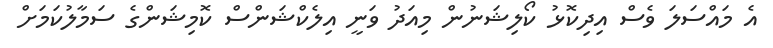
އެ މައްސަލަ ވެސް އިދިކޮޅު ކޯލިޝަނުން މިއަދު ވަނީ އިލެކްޝަންސް ކޮމިޝަންގެ ސަމާލުކަމަށް